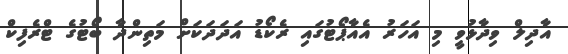
އާދިލް ވިދާޅުވީ މި އަހަރު އެއާޕޯޓުގައި ރެކޯޑު އަދަދަކަށް މަތިންދާ ބޯޓުގެ ޓްރެފިކް